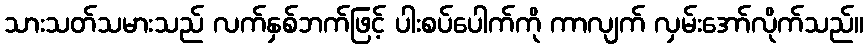
သားသတ်သမားသည် လက်နှစ်ဘက်ဖြင့် ပါးစပ်ပေါက်ကို ကာလျက် လှမ်းအော်လိုက်သည်။